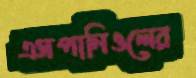
এসপানিওলের